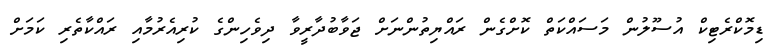
ޑިމޮކްރެޓިކް އުސޫލުން މަސައްކަތް ކޮށްގެން ރައްޔިތުންނަށް ޖަވާބުދާރީވާ ދިވެހިންގެ ކުރިއެރުމާއި ރައްކާތެރި ކަމަށް